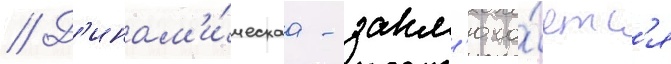
// Д'инам'и́ческаа - закл'юча́етс'я